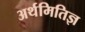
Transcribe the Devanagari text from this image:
अर्थमितिज्ञ